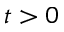
t > 0